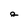
Character: a